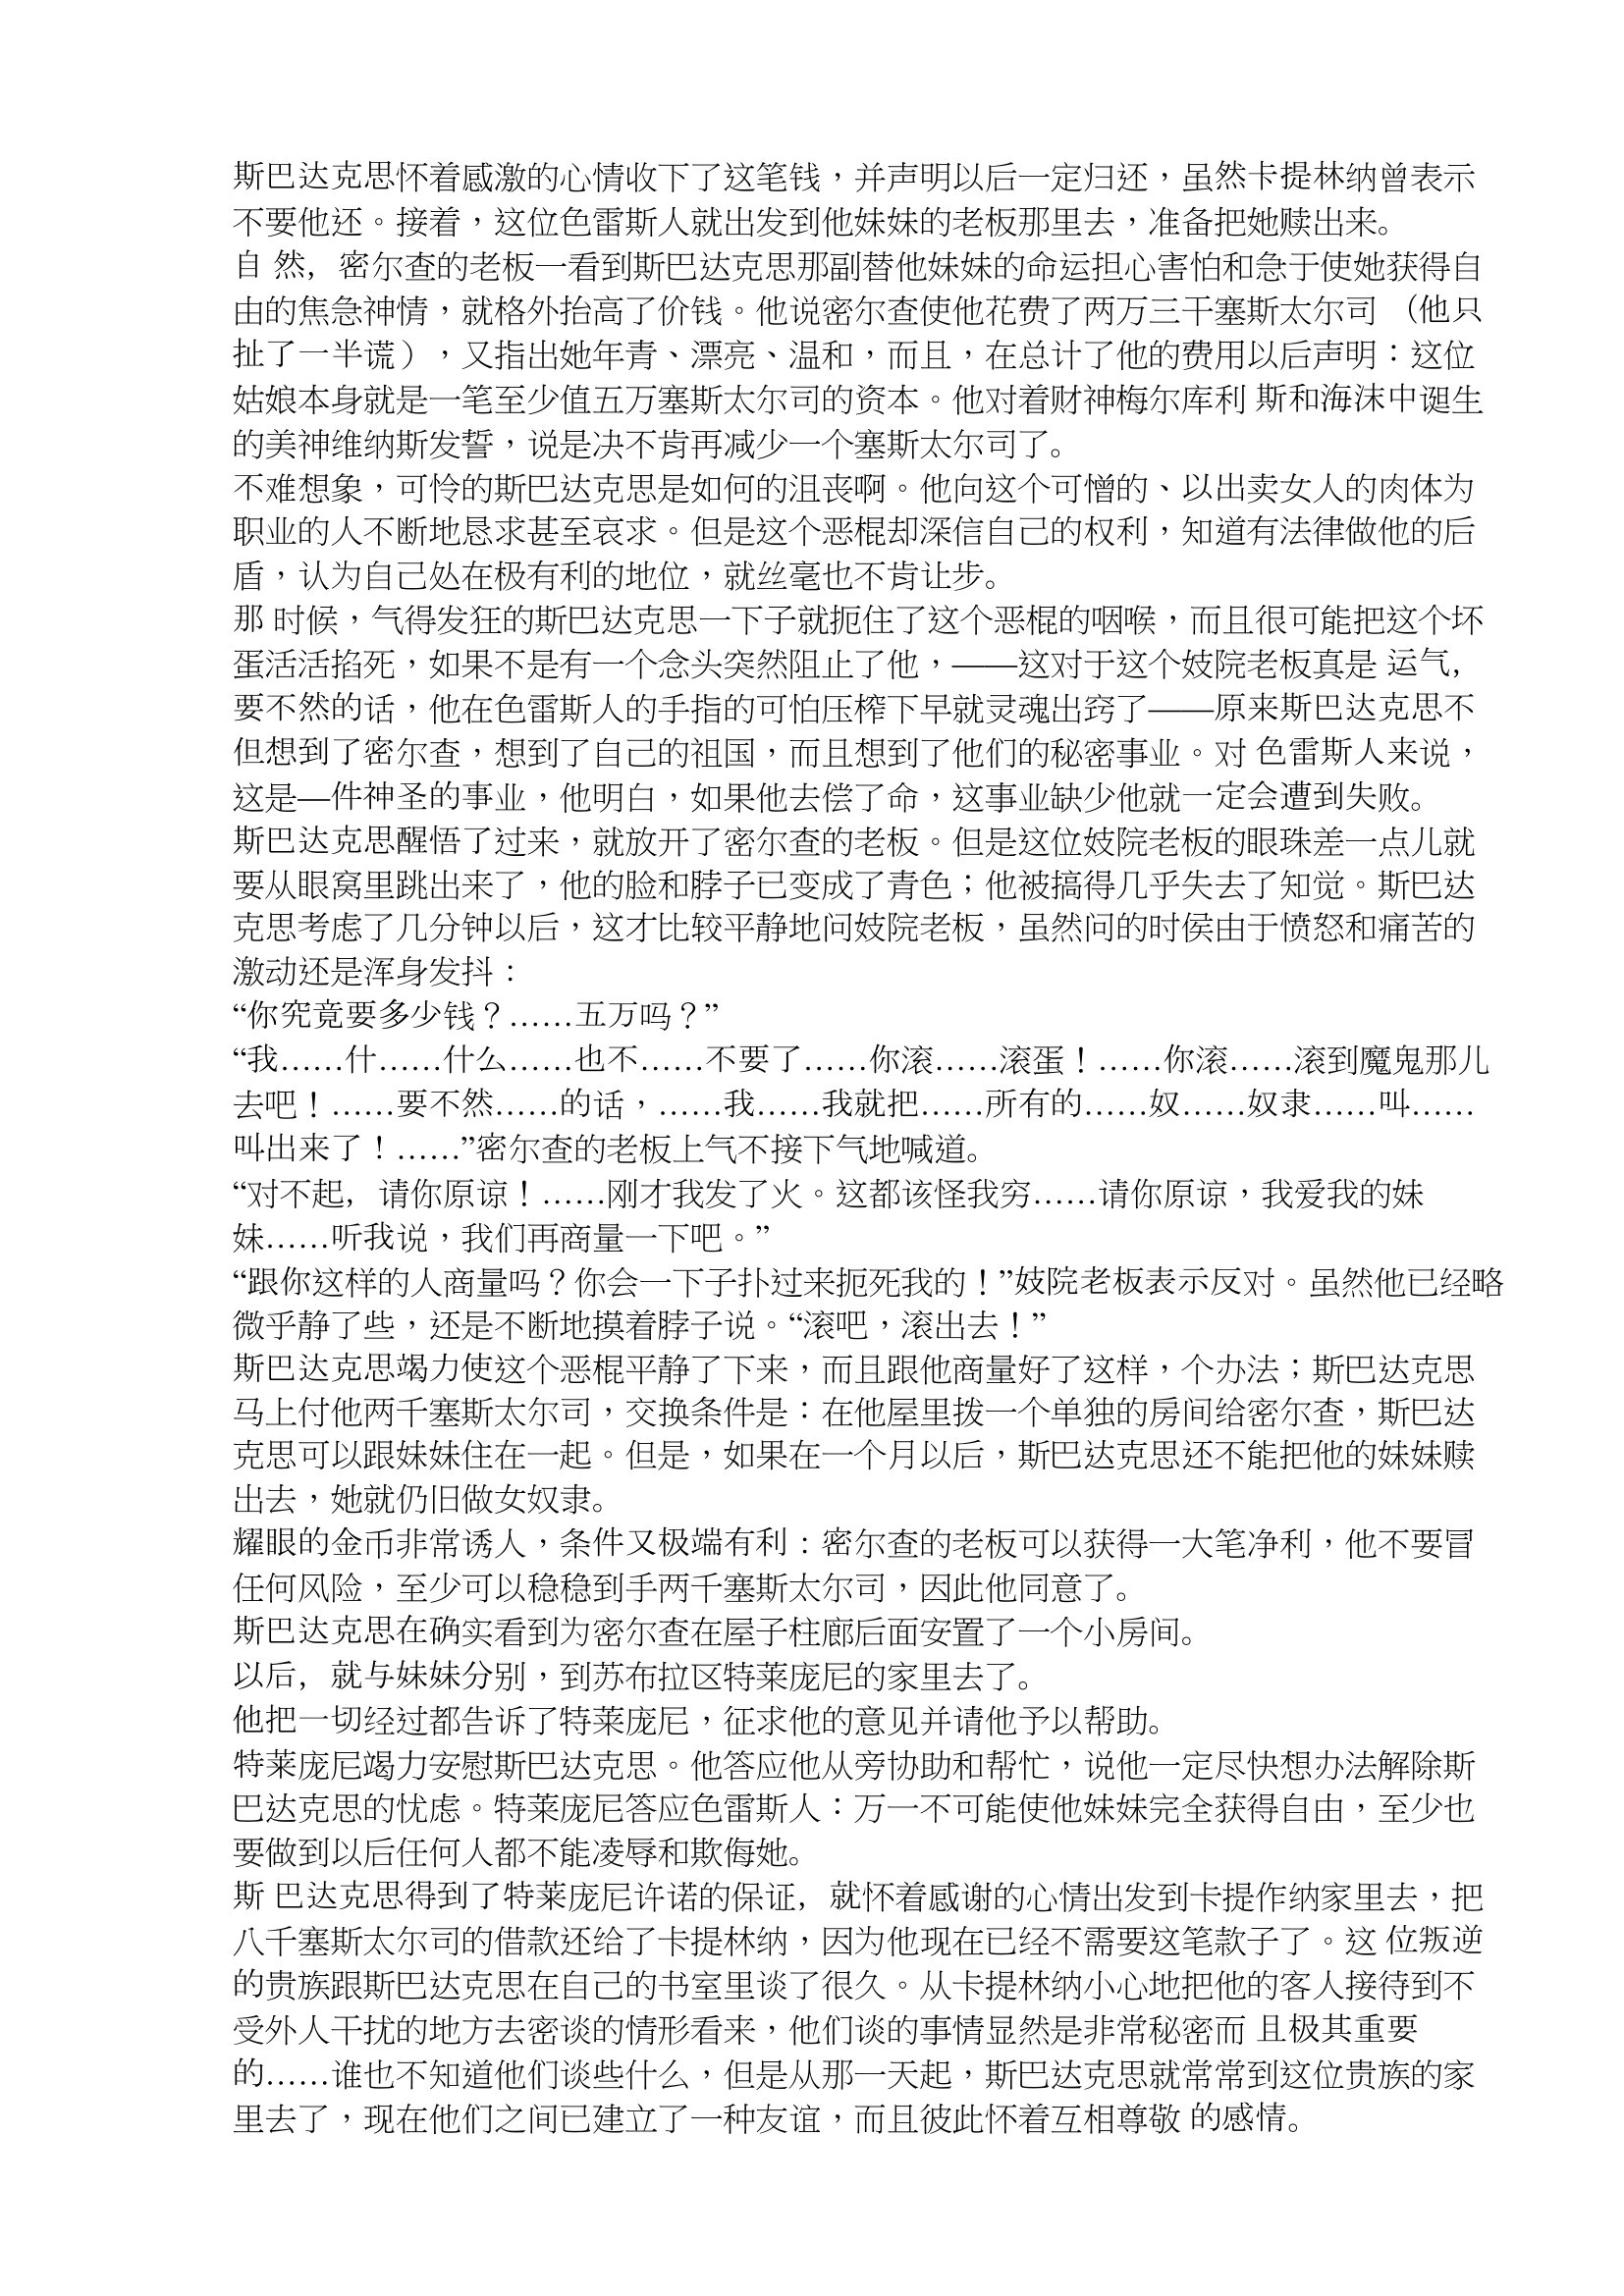
Language: zh